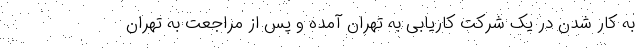
به کار شدن در یک شرکت کاریابی به تهران آمده و پس از مراجعت به تهران